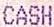
CASH